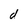
Character: d